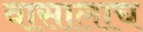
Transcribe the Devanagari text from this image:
वासालाच